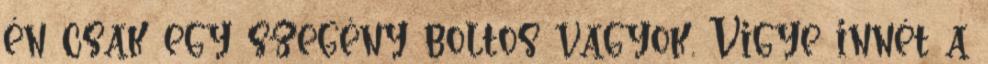
én csak egy szegény boltos vagyok. Vigye innét a